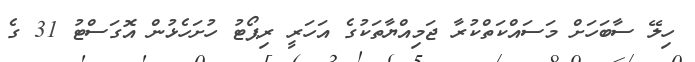
ހިލޭ ސާބަހަށް މަސައްކަތްކުރާ ޖަމިއްޔާތަކުގެ އަހަރީ ރިޕޯޓު ހުށަހެޅުން އޮގަސްޓު 31 ގެ